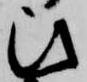
ひ